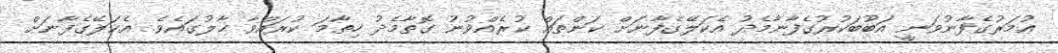
ޢުމަރުގެފާނުވަނީ އަބޫބަކުރުގެފާނާމެދު އެކަލޭގެފާނަށް ކަންތައް ކުރެއްވުނު ގޮތާމެދު ހިތާމަ ކުރައްވާ ޙާލުގައެވެ. އެކަލޭގެފާނަށް